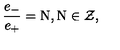
\frac { e _ { - } } { e _ { + } } = \mathrm { N } , \mathrm { N } \in \cal Z ,